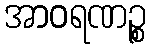
အာဝရဏဉ္စ